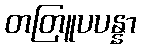
တတြူပပန္နာ